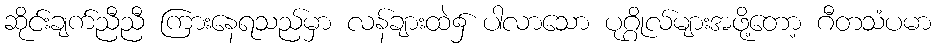
ဆိုင်းချက်ညီညီ ကြားနေရသည်မှာ လန်ချားထဲ၌ ပါလာသော ပုဂ္ဂိုလ်များအဖို့တော့ ဂီတသံပမာ